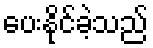
ပေးနိုင်ခဲ့သည်